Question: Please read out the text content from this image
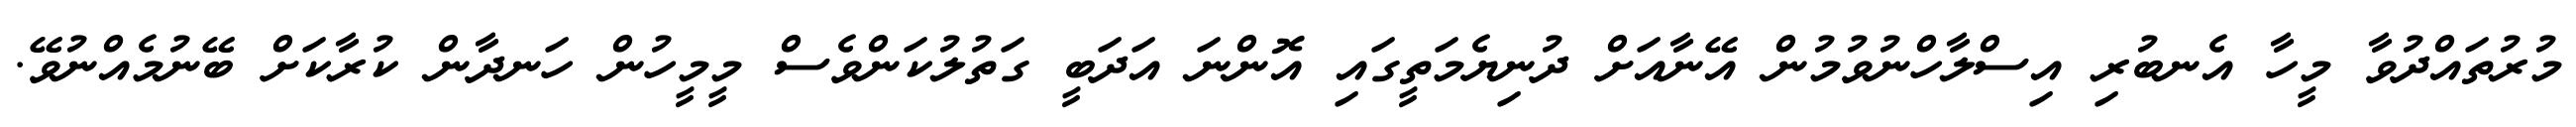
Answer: މުރުތައްދުވާ މީހާ އެނބުރި އިސްލާހްނުވުމުން އޭނާއަށް ދުނިޔެމަތީގައި އޮންނަ އަދަބީ ގަތުލުކަންވެސް މީމީހުން ހަނދާން ކުރާކަށް ބޭނުމެއްނުވޭ.